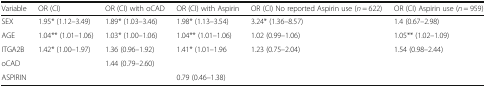
| Variable | OR (CI) | OR (CI) with oCAD | OR (CI) with Aspirin | OR (CI) No reported Aspirin use (n = 622) | OR (CI) Aspirin use (n = 959) |
 | --- | --- | --- | --- | --- | --- |
 | SEX | 1.95* (1.12–3.49) | 1.89* (1.03–3.46) | 1.98* (1.13–3.54) | 3.24* (1.36–8.57) | 1.4 (0.67–2.98) |
 | AGE | 1.04** (1.01–1.06) | 1.03* (1.00–1.06) | 1.04** (1.01–1.06) | 1.02 (0.99–1.06) | 1.05** (1.02–1.09) |
 | ITGA2B | 1.42* (1.00–1.97) | 1.36 (0.96–1.92) | 1.41* (1.01–1.96 | 1.23 (0.75–2.04) | 1.54 (0.98–2.44) |
 | oCAD |  | 1.44 (0.79–2.60) |  |  |  |
 | ASPIRIN |  |  | 0.79 (0.46–1.38) |  |  |